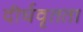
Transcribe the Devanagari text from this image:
दीर्घवृतता